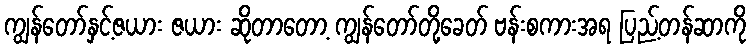
ကျွန်တော်နှင့်ဇယား ဇယား ဆိုတာတော့ ကျွန်တော်တို့ခေတ် ဗန်းစကားအရ ပြည့်တန်ဆာကို